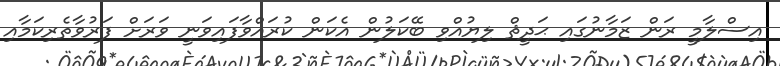
އިސްލާމީ ރަން ޒަމާނުގައި ޙަދީޘް ލިޔުއްވި ބޭކަލުން އެކަން ކުރައްވާފައިވަނީ ވަރަށް ފަރުވާތެރިކަމާއި